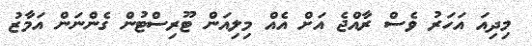
މިދިއަ އަހަރު ވެސް ރާއްޖެ އަށް އެއް މިލިއަން ޓޫރިސްޓުން ގެންނަން އަމާޒު